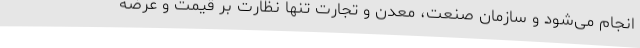
انجام می‌شود و سازمان صنعت، معدن و تجارت تنها نظارت بر قیمت و عرضه